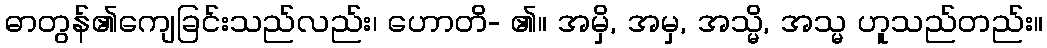
ဓာတွန်၏ကျေခြင်းသည်လည်း၊ ဟောတိ- ၏။ အမှိ, အမှ, အသ္မိ, အသ္မ ဟူသည်တည်း။